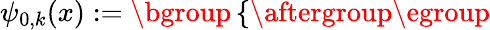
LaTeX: \psi_{0,k}(x):=\mathopen{}\mathclose\bgroup\left\{ \begin{array}{rlrl}\end{array}\aftergroup\egroup\right.